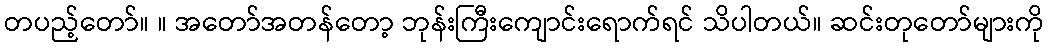
တပည့်တော်။ ။ အတော်အတန်တော့ ဘုန်းကြီးကျောင်းရောက်ရင် သိပါတယ်။ ဆင်းတုတော်များကို